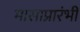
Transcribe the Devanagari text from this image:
मासाप्रारंभी